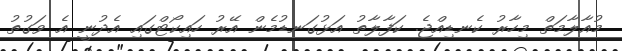
މުއާލާމަތް މިހާރު ކެނޑިއްޖެ. ކަފާލާތު އަޅުގަނޑުމެން އޭރު ހައިކޯޓްގައި އެދުނީ އެ ވަގުތު